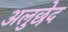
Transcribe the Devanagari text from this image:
अलुछेद